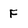
Character: F